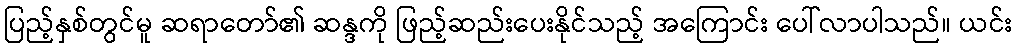
ပြည့်နှစ်တွင်မူ ဆရာတော်၏ ဆန္ဒကို ဖြည့်ဆည်းပေးနိုင်သည့် အကြောင်း ပေါ်လာပါသည်။ ယင်း